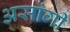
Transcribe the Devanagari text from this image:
असांगी